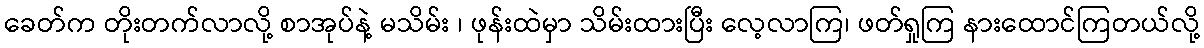
ခေတ်က တိုးတက်လာလို့ စာအုပ်နဲ့ မသိမ်း ၊ ဖုန်းထဲမှာ သိမ်းထားပြီး လေ့လာကြ၊ ဖတ်ရှုကြ နားထောင်ကြတယ်လို့